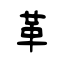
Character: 革